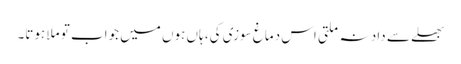
بھلے سے داد نہ ملتی اس دماغ سوزی کی، ہاں ہوں میں جواب تو ملا ہوتا۔